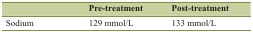
|  | Pre-treatment | Post-treatment |
 | --- | --- | --- |
 | Sodium | 129 mmol/L | 133 mmol/L |